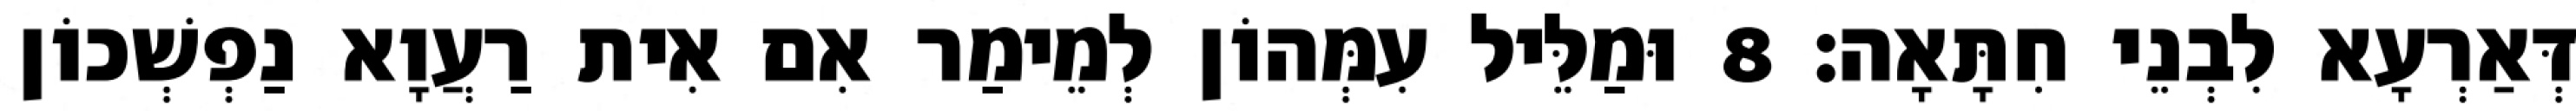
דְּאַרְעָא לִבְנֵי חִתָּאָה׃ 8 וּמַלֵּיל עִמְּהוֹן לְמֵימַר אִם אִית רַעֲוָא נַפְשְׁכוֹן